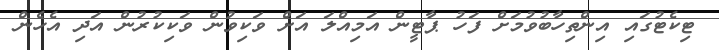
ޓިކެޓުގައި އިންތިހާބުވުމަށް ފަހު ޕާޓީން އަމިއްލަ އަށް ވަކިވުން ވަކިކުރުން އަދި އެހެން